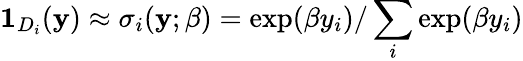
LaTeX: \mathbf{1}_{D_{i}}(\mathbf{y})\approx\sigma_{i}(\mathbf{y};\beta)=\exp(\beta y_{i})/\sum_{i}\exp(\beta y_{i})